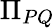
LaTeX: \Pi_{PQ}